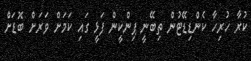
ކުރާ ހުރިހާ ކެންޑިޑޭޓުން ތިބޭނީ ޕިންކީން ފަޅީ ގައި ކަމަށް ވަރަށް ބޮޑަށް